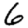
Digit: 6